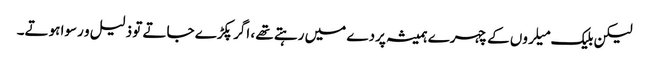
لیکن بلیک میلروں کے چہرے ہمیشہ پردے میں رہتے تھے ، اگر پکڑے جاتے تو ذلیل و رسوا ہوتے۔